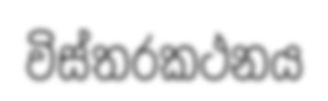
විස්තරකථනය